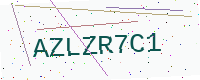
Text: AZLZR7C1